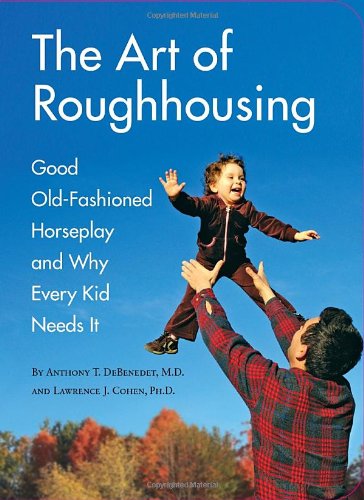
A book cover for The Art of Roughhousing; Anthony T. DeBenedet; Parenting & Relationships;